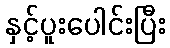
နှင့်ပူးပေါင်းပြီး